Lock hospitals Punjab
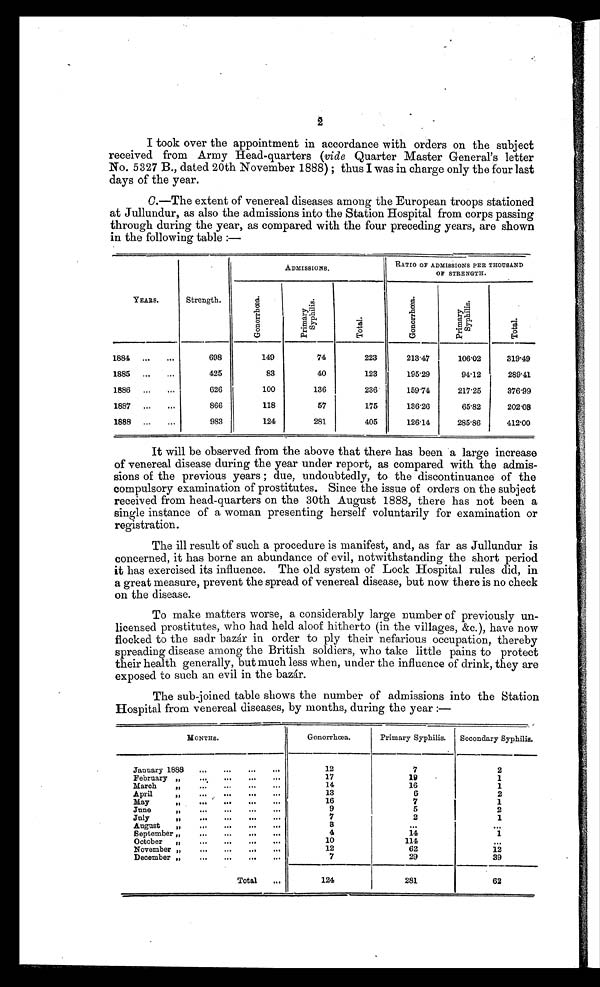
2
I took over the appointment in accordance with orders on the subject
received from Army Head-quarters (vide Quarter Master General's letter
No. 5327 B., dated 20th November 1888) ; thus I was in charge only the four last
days of the year.
C.—The extent of venereal diseases among the European troops stationed
at Jullundur, as also the admissions into the Station Hospital from corps passing
through during the year, as compared with the four preceding years, are shown
in the following table :—
YEARS.
Strength.
ADMISSIONS.
RATIO OF ADMISSIONS PER THOUSAND
OF STRENGTH.
G o n o r r h o e a .
P r i m a r y S y p h i l i s .
T o t a l .
G o n o r r h œ a .
P r i m a r y S y p h i l i s .
T o t a l
.
1884
. . .
. . .
698
149
74
223
213.47
106.02
319.49
1885
. . .
. . .
425
83
40
123
195.19
94.12
289.41
1886
. . .
. . .
626
100
136
236
159.74
217.25
376.99
1887
. . .
. . .
866
118
57
175
136.26
65.82
202.08
1888
. . .
. . .
983
124
281
405
126.14
285.86
412.00
It will be observed from the above that there has been a large increase
of venereal disease during the year under report, as compared with the admis-
sions of the previous years ; due, undoubtedly, to the discontinuance of the
compulsory examination of prostitutes. Since the issue of orders on the subject
received from head-quarters on the 30th August 1888, there has not been a
single instance of a woman presenting herself voluntarily for examination or
registration.
The ill result of such a procedure is manifest, and, as far as Jullundur is
concerned, it has borne an abundance of evil, notwithstanding the short period
it has exercised its influence. The old system of Lock Hospital rules did, in
a great measure, prevent the spread of venereal disease, but now there is no check
on the disease.
To make matters worse, a considerably large number of previously un-
licensed prostitutes, who had held aloof hitherto (in the villages, &c.), have now
flocked to the sa dr bazár in order to ply their nefarious occupation, thereby
spreading disease among the British soldiers, who take little pains to protect
their health generally, but much less when, under the influence of drink, they are
exposed to such an evil in the bazár.
The sub-joined table shows the number of admissions into the Station
Hospital from venereal diseases, by months, during the year :—
MONTHS.
Gonorrhœa.
Primary Syphilis.
Secondary Syphilis.
January 1888
...
...
...
12
7
2
February „
...
.04
17
19
1
March
/ 0
.. .
...
...
14
16
1
April
D
...
..
. 0 0
...
13
6
2
May
„
....
...
...
...
16
7
1
June
311
...
...
...
0 04
9
5
2
July
fll
.00
0.0
4.0
00 0
7
2
1
August If...
0"
. 4 .
3
.4 4
September „
........... ...
1 4
1
October
„
...
...
...
10
114
November „
...........
12
62
ii
December ,,
6.0
. . .
00 .
7
29
39
Total
...
124
281
62